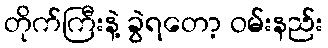
တိုက်ကြီးနဲ့ ခွဲရတော့ ဝမ်းနည်း